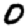
Digit: 0